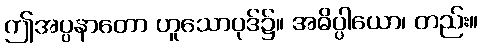
ဤအပ္ပနာတော ဟူသောပုဒ်၌။ အဓိပ္ပါယော၊ တည်း။